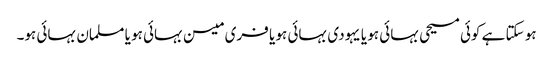
ہو سکتا ہے کوئی مسیحی بہائی ہو یا یہودی بہائی ہو یا فری میسن بہائی ہو یا مسلمان بہائی ہو۔